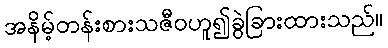
အနိမ့်တန်းစားသဇီဝဟူ၍ခွဲခြားထားသည်။